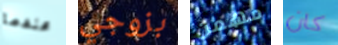
عندما بزوجي مهمن كان